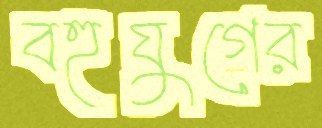
বহুযুগের